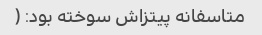
متاسفانه پیتزاش سوخته بود: (